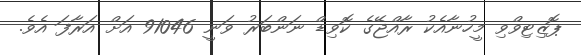
ޕޮޒިޓިވްވި މީހުނާއެކު ރާއްޖޭގެ ކޮވިޑް ނަންބަރު ވަނީ 91046 އަށް އަރާފަ އެވެ.